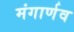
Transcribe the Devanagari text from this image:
मंगार्णव